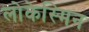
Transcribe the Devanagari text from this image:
लोकेस्मिन